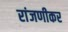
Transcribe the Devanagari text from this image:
रांजणीकर